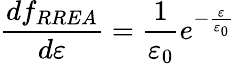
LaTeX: \frac{df_{RREA}}{d\varepsilon}=\frac{1}{\varepsilon_{0}}e^{-\frac{\varepsilon}{\varepsilon_{0}}}